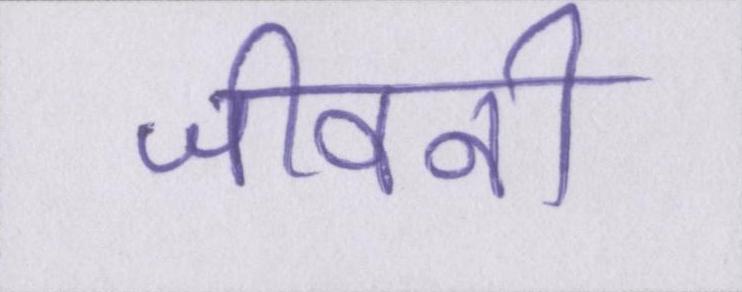
जीवनी